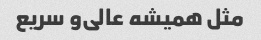
مثل همیشه عالی‌و سریع